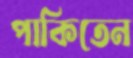
পাকিতেন